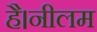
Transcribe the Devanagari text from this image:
है।नीलम